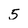
Character: 5